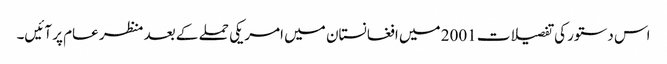
اس دستور کی تفصیلات 2001 میں افغانستان میں امریکی حملے کے بعد منظر عام پر آئیں۔